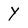
Character: Y